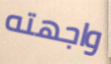
واجهته